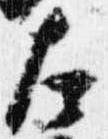
左